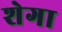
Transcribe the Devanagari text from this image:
शेगा